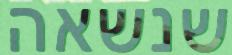
שנשאה